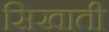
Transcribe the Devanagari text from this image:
सिखाती